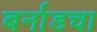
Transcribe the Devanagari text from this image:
बर्नाडचा